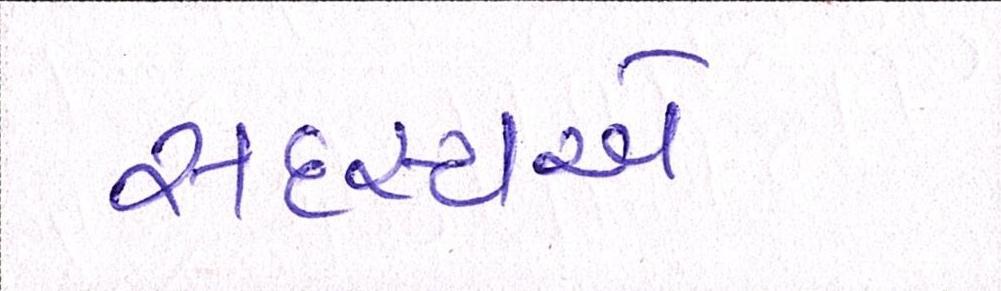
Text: સદસ્યએ